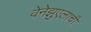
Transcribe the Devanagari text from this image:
वेनेझुएलाची